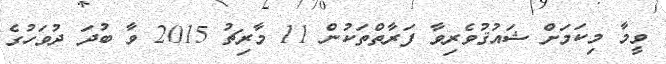
ވީމާ މިކަމަށް ޝައުޤުވެރިވާ ފަރާތްތަކުން 11 މާރިޗު 2015 ވާ ބުދަ ދުވަހުގެ